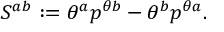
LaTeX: S ^ { a b } : = \theta ^ { a } p ^ { \theta b } - \theta ^ { b } p ^ { \theta a } .